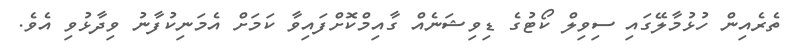
ތެރެއިން ހުޅުމާލޭގައި ސިވިލް ކޯޓުގެ ޑިވިޝަނެއް ގާއިމްކޮށްފައިވާ ކަމަށް އެމަނިކުފާނު ވިދާޅުވި އެވެ.